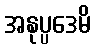
အနုပ္ပဒေမိ